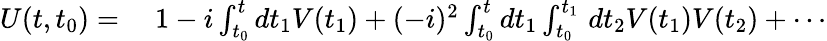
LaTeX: \begin{array}{rl}{U(t,t_{0})={}}&{{}1-i\int_{t_{0}}^{t}dt_{1}V(t_{1})+(-i)^{2}\int_{t_{0}}^{t}dt_{1}\int_{t_{0}}^{t_{1}}\, dt_{2}V(t_{1})V(t_{2})+\cdots}\end{array}